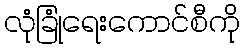
လုံခြုံရေးကောင်စီကို